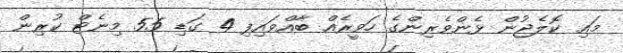
މައި ކޮލެޖުން ޅެންވެރިންގެ ހަވީރެއް ބާއްވައިފި 4 ގަޑި 55 މިނެޓް ކުރިން